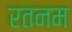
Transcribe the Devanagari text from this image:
रतनम